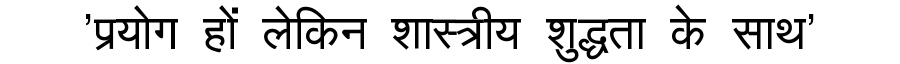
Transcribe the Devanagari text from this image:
'प्रयोग हों लेकिन शास्त्रीय शुद्धता के साथ'